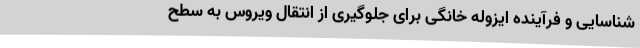
شناسایی و فرآینده ایزوله خانگی برای جلوگیری از انتقال ویروس به سطح